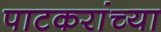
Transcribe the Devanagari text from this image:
पाटकरांच्या